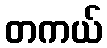
တကယ်